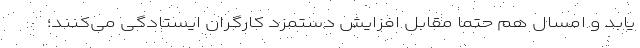
یابد و امسال هم حتماً مقابل افزایش دستمزد کارگران ایستادگی می‌کنند؛